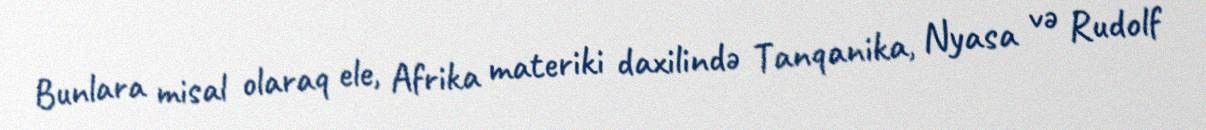
Bunlara misal olaraq ele, Afrika materiki daxilində Tanqanika, Nyasa və Rudolf